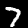
Label: 7